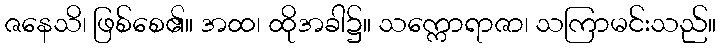
ဇနေသိ၊ ဖြစ်စေ၏။ အထ၊ ထိုအခါ၌။ သက္ကောရာဇာ၊ သကြာမင်းသည်။